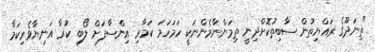
"ތިނަދޫގެ ރައްޔިތުން ސާބިތުކޮށްދިނީ ތިމަންނާމެންނަކީ ހަމަހަމަ ކަމާއި އިންސާފަށް ލޯބި ކުރާ އަނިޔާވެރިކަމާ